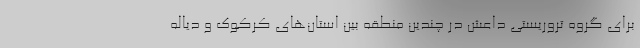
برای گروه تروریستی داعش در چندین منطقه بین استان‌های کرکوک و دیاله